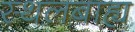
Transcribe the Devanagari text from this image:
स्थलबाह्य